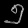
Digit: ၅